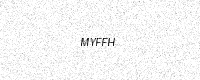
Text: MYFFH